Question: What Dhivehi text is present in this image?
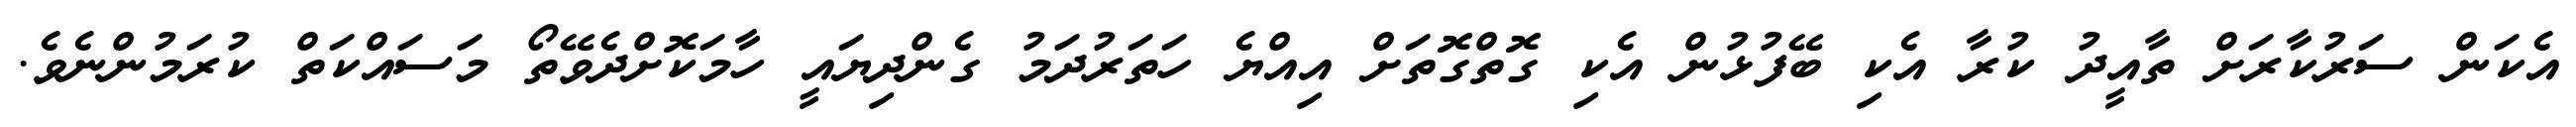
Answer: އެކަން ސަރުކާރަށް ތާއީދު ކުރާ އެކި ބޭފުޅުން އެކި ގޮތްގޮތަށް އިއްޔެ ހަތަރުދަމު ގެންދިޔައީ ހާމަކޮށްދެވޭތޯ މަސައްކަތް ކުރަމުންނެވެ.